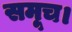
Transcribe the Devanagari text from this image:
समूच।